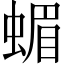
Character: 蝞